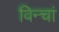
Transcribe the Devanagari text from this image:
विन्चां